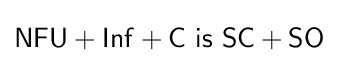
{\mathsf {NFU+Inf}}+{\mathsf {C\ is\ SC}}+{\mathsf {SO}}